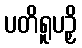
ပတိရူပဉှိ